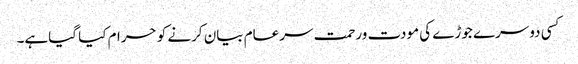
کسی دوسرے جوڑے کی مودت ورحمت سرعام بیان کرنے کو حرام کیا گیاہے۔